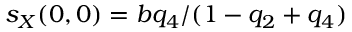
s _ { X } ( 0 , 0 ) = b q _ { 4 } / ( 1 - q _ { 2 } + q _ { 4 } )